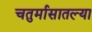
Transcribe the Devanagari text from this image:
चतुर्मासातल्या